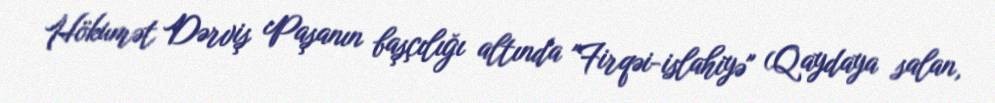
Hökumət Dərviş Paşanın başçılığı altında "Firqəi-islahiyə" (Qaydaya salan,